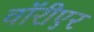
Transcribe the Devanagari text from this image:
वॉरीएर